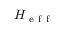
H _ { \mathrm { ~ e ~ f ~ f ~ } }